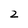
Character: 2